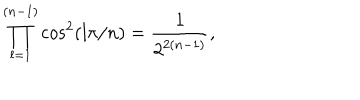
\prod _ { l = 1 } ^ { ( n - 1 ) } \cos ^ { 2 } ( l \pi / n ) = { \frac { 1 } { 2 ^ { 2 ( n - 1 ) } } } ,